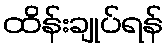
ထိန်းချုပ်ရန်